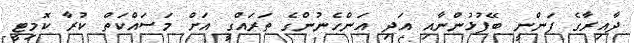
ދާއިރާގެ ފަންނީ ބޭފުޅުންނާއި އަދި އަންހެނުންގެ ތަރައްގީ އަށް މަސައްކަތް ކުރާ ކޮމިޓީ